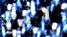
القذف